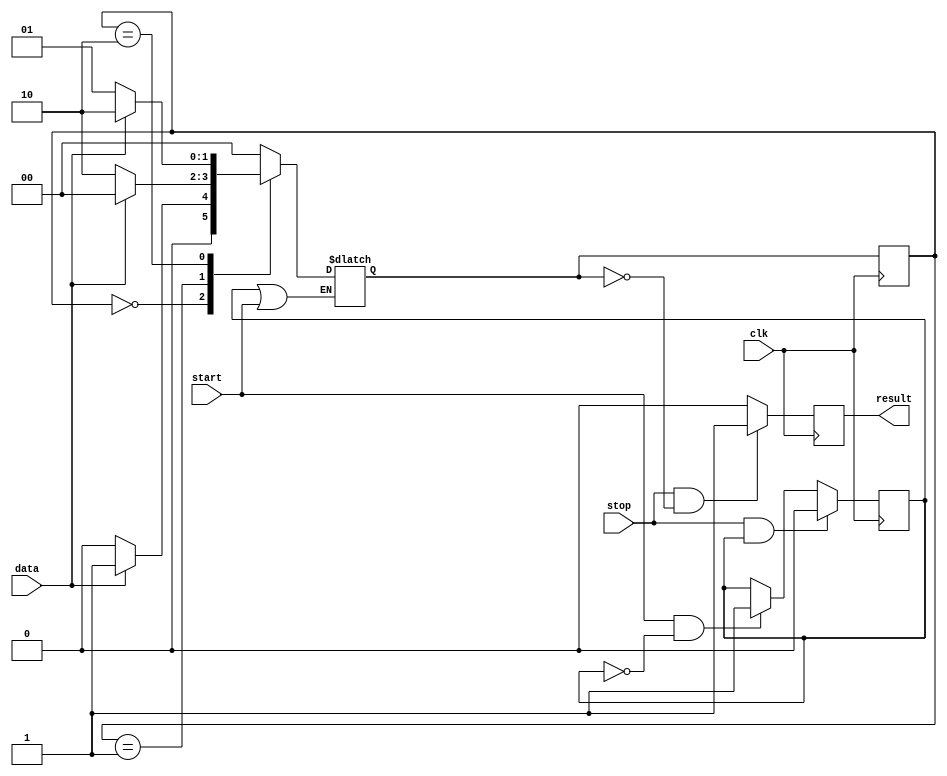
module mod3_counter(
    input clk,
    input start,
    input stop,
    input data,
    output result
    );
    
    reg valid = 0;
    reg [1:0] modulo = 0;
    reg [1:0] next_modulo = 0;
    reg result_reg = 0;
    
    // ,    
    always @(posedge clk) 
    begin
        if (start == 1 & valid == 0)
            valid <= 1;
        if (stop == 1 & valid == 1)
            valid <= 0;
    end
    
    //      3
    always @(posedge clk)
    begin
        modulo <= next_modulo;
    end
    
    always @(*)
    begin
        if (valid | start)
        begin
            case (modulo)
                0:
                    next_modulo = (data == 1) ? 1 : 0;
                1:
                    next_modulo = (data == 1) ? 0 : 2;
                2:
                    next_modulo = (data == 1) ? 2 : 1;
                default:
                    next_modulo = 0;
            endcase
        end
    end

    //  
    always @(posedge clk)
    begin
    	result_reg <= (stop == 1 & next_modulo == 0) ? 1 : 0;
    end

    assign result = result_reg;
    
endmodule